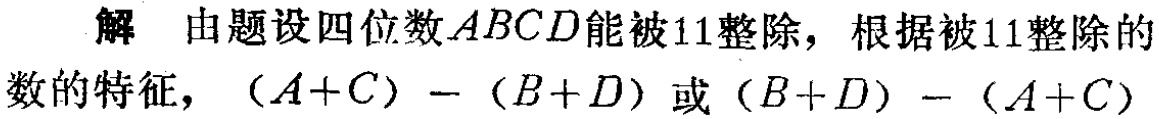
解 由题设四位数\(ABCD\)能被\(11\)整除，根据被\(11\)整除的数的特征，\((A + C) - (B + D)\)或\((B + D) - (A + C)\)